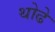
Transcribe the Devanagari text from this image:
थोढे